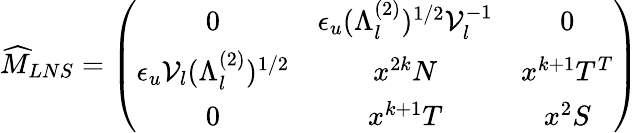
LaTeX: \widehat{M}_{LNS}=\left(\begin{array}{ccc}{{0}}&{{\epsilon_{u}(\Lambda_{l}^{(2)})^{1/2}{\cal V}_{l}^{-1}}}&{{0}}\\ {{\epsilon_{u}{\cal V}_{l}(\Lambda_{l}^{(2)})^{1/2}}}&{{x^{2k}N}}&{{x^{k+1}T^{T}}}\\ {{0}}&{{x^{k+1}T}}&{{x^{2}S}}\end{array}\right)